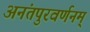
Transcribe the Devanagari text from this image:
अनंतपुरवर्णनम्